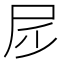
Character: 𡰹